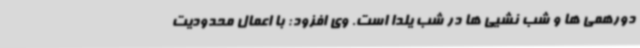
دورهمی ها و شب نشیی ها در شب یلدا است. وی افزود: با اعمال محدودیت